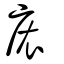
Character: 庡